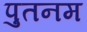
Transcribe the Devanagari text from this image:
पुतनम